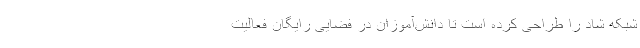
شبکه شاد را طراحی کرده است تا دانش‌آموزان در فضایی رایگان فعالیت